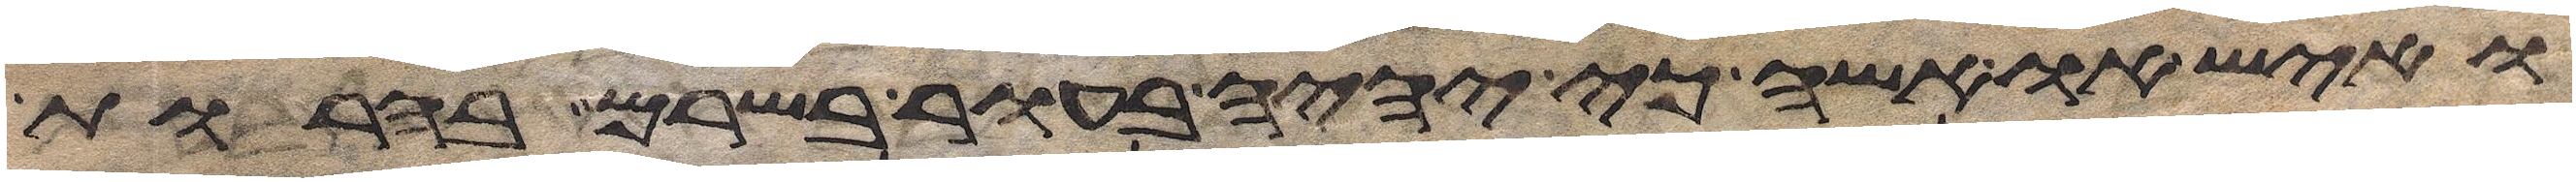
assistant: ואיש או אשה כי יהיה בעור בשרם בהרות